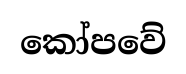
කෝපවේ